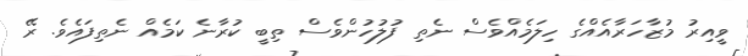
ވީއިރު މުޒާހަރާއެއްގެ ހިލަމެއްވެސް ނެތި ފުލުހުންވެސް ތިބީ ކުރާނެ ކަމެއް ނެތިފައެވެ. ރޭ